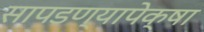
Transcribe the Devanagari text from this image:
सापडण्यापेक्षा